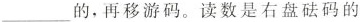
___ 的，再移游码。读数是右盘砝码的